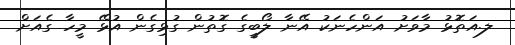
ލ.އަތޮޅު މާވަށު އަންހެނަކު އޭނާ ލޯބީގެ ގޮތުން ގުޅިގެން އުޅޭ މީހާ ގެއަށް